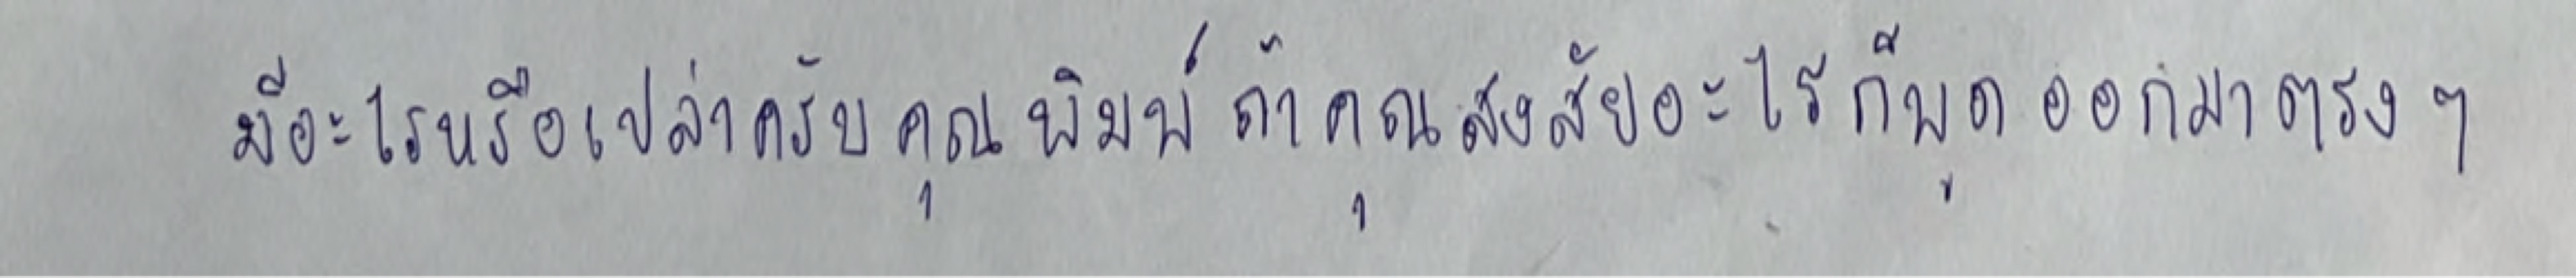
มีอะไรหรือเปล่าครับคุณพิมพ์ถ้าคุณสงสัยอะไรก็พูดออกมาตรงๆ